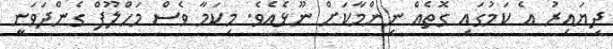
ދިޔައިރު އެ ކަމުގައި ގޮތެއް ނިންމާކަށް ނޫޅެއެވެ. މިކަމާ ވެސް މަހްލޫފް ގެންދަވަނީ